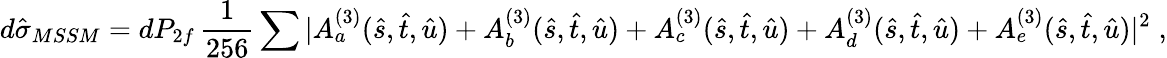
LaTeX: d{\hat{\sigma}_{MSSM}}=dP_{2f}\, \frac{1}{256}\sum|A_{a}^{(3)}(\hat{s},\hat{t},\hat{u})+A_{b}^{(3)}(\hat{s},\hat{t},\hat{u})+A_{c}^{(3)}(\hat{s},\hat{t},\hat{u})+A_{d}^{(3)}(\hat{s},\hat{t},\hat{u})+A_{e}^{(3)}(\hat{s},\hat{t},\hat{u})|^{2}\; ,